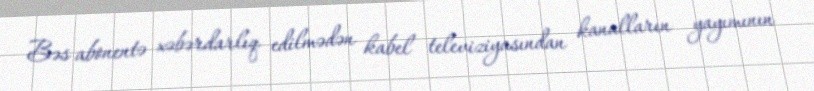
Bəs abonentə xəbərdarlıq edilmədən kabel televiziyasından kanalların yayımının